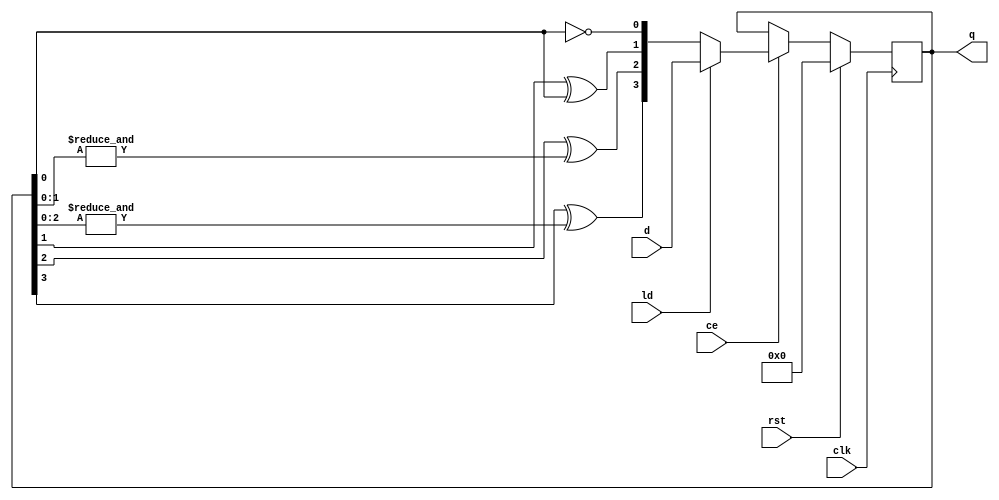

// --------------------------------------------------------------------
// >>>>>>>>>>>>>>>>>>>>>>>>> COPYRIGHT NOTICE <<<<<<<<<<<<<<<<<<<<<<<<<
// --------------------------------------------------------------------
// Copyright (c) 2019 by UCSD CSE 140L
// --------------------------------------------------------------------
//
// Permission:
//
//   This code for use in UCSD CSE 140L.
//   It is synthesisable for Lattice iCEstick 40HX.  
//
// Disclaimer:
//
//   This Verilog source code is intended as a design reference
//   which illustrates how these types of functions can be implemented.
//   It is the user's responsibility to verify their design for
//   consistency and functionality through the use of formal
//   verification methods.  
//
// -------------------------------------------------------------------- //           
//                     Lih-Feng Tsaur
//                     Bryan Chin
//                     UCSD CSE Department
//                     9500 Gilman Dr, La Jolla, CA 92093
//                     U.S.A
//
// --------------------------------------------------------------------

//
// clock enabled counter
//
module countrce #(parameter WIDTH = 4)
   (
    output reg [WIDTH-1:0] q,
    input wire [WIDTH-1:0] d,
    input wire             ld, // load the counter
    input wire		   ce, //clock enable
    input wire		   rst, // synchronous reset
    input wire		   clk);

   wire [WIDTH-1:0] 	   qPone;   // count plus one
   genvar 		   i;
   generate
      assign qPone[0] = ~q[0];
      for (i=1; i< WIDTH; i=i+1)
	begin: generate_counter_N 
	   // toggle bit i if all preceeding bits are 1
	   assign qPone[i] = q[i] ^ &(q[i-1:0]);
	end
   endgenerate

   // sequential logic
   always @(posedge clk) begin
      if (rst)
	q <= {WIDTH{1'b0}};
      else begin
	 if (~ce)
	   q <= q;
	 else
	   if (ld)
	     q <= d;
	   else
	     q <= qPone;
      end
   end
endmodule